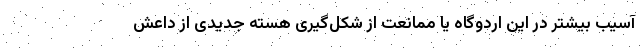
آسیب بیشتر در این اردوگاه یا ممانعت از شکل‌گیری هسته جدیدی از داعش